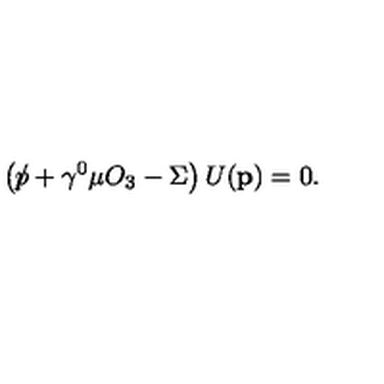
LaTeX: \left( \rlap \slash p + \gamma ^ { 0 } \mu O _ { 3 } - \Sigma \right) U ( \mathbf { p } ) = 0 .